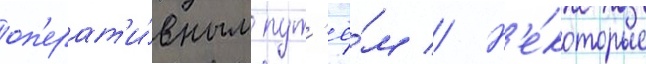
оп'ерат'и́вным пут'ё́м // Н'е́которые